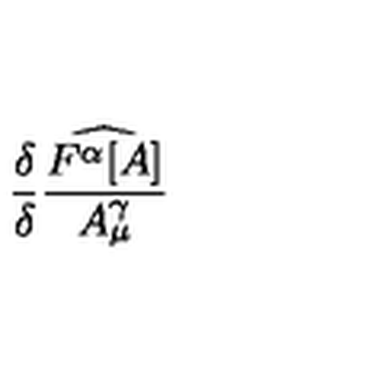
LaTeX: \frac { \delta } { \delta } \frac { \widehat { F ^ { \alpha } [ A ] } } { A _ { \mu } ^ { \gamma } }